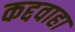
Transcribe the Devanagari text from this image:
कद्दवाहा